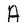
Character: A